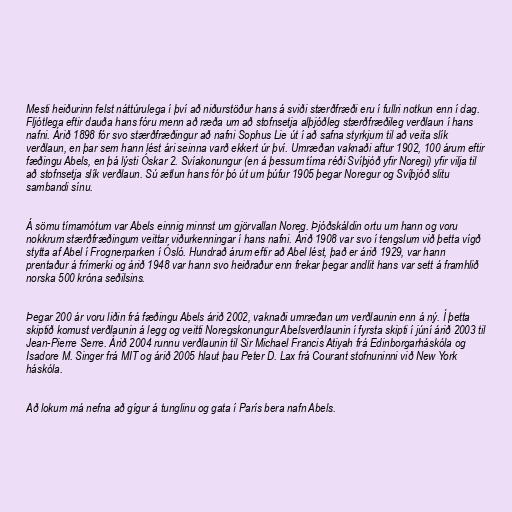
Mesti heiðurinn felst náttúrulega í því að niðurstöður hans á sviði stærðfræði eru í fullri notkun enn í dag.
Fljótlega eftir dauða hans fóru menn að ræða um að stofnsetja alþjóðleg stærðfræðileg verðlaun í hans
nafni. Árið 1898 fór svo stærðfræðingur að nafni Sophus Lie út í að safna styrkjum til að veita slík
verðlaun, en þar sem hann lést ári seinna varð ekkert úr því. Umræðan vaknaði aftur 1902, 100 árum eftir
fæðingu Abels, en þá lýsti Óskar 2. Svíakonungur (en á þessum tíma réði Svíþjóð yfir Noregi) yfir vilja til
að stofnsetja slík verðlaun. Sú ætlun hans fór þó út um þúfur 1905 þegar Noregur og Svíþjóð slitu
sambandi sínu.

Á sömu tímamótum var Abels einnig minnst um gjörvallan Noreg. Þjóðskáldin ortu um hann og voru
nokkrum stærðfræðingum veittar viðurkenningar í hans nafni. Árið 1908 var svo í tengslum við þetta vígð
stytta af Abel í Frognerparken í Ósló. Hundrað árum eftir að Abel lést, það er árið 1929, var hann
prentaður á frímerki og árið 1948 var hann svo heiðraður enn frekar þegar andlit hans var sett á framhlið
norska 500 króna seðilsins.

Þegar 200 ár voru liðin frá fæðingu Abels árið 2002, vaknaði umræðan um verðlaunin enn á ný. Í þetta
skiptið komust verðlaunin á legg og veitti Noregskonungur Abelsverðlaunin í fyrsta skipti í júní árið 2003 til
Jean-Pierre Serre. Árið 2004 runnu verðlaunin til Sir Michael Francis Atiyah frá Edinborgarháskóla og
Isadore M. Singer frá MIT og árið 2005 hlaut þau Peter D. Lax frá Courant stofnuninni við New York
háskóla.

Að lokum má nefna að gígur á tunglinu og gata í París bera nafn Abels.